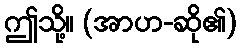
ဤသို့။ (အာဟ-ဆို၏)